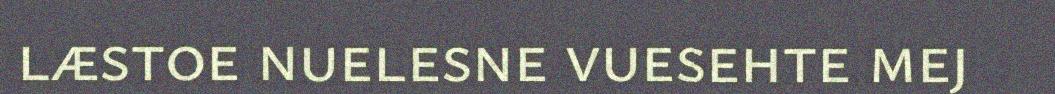
læstoe nuelesne vuesehte mej